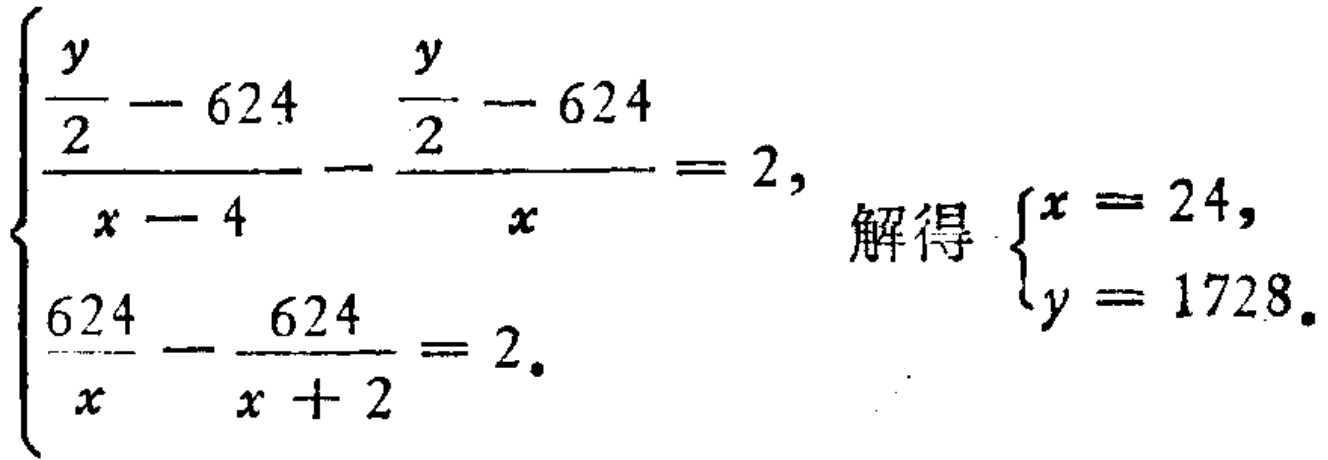
\[\begin{cases}
\frac{\frac{y}{2}-624}{x - 4}-\frac{\frac{y}{2}-624}{x}=2,\\
\frac{624}{x}-\frac{624}{x + 2}=2.
\end{cases}
\ 解得 \begin{cases}
x = 24,\\
y = 1728.
\end{cases}\]